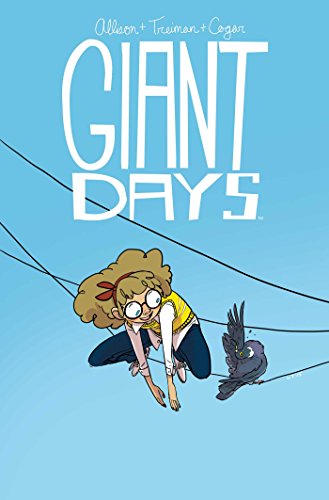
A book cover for Giant Days Vol. 2; John Allison; Comics & Graphic Novels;